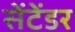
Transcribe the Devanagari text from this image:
सेंटेंडर